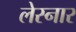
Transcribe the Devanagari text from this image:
लेस्नार